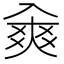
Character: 𠓷